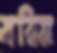
মরিজ